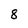
Character: 8